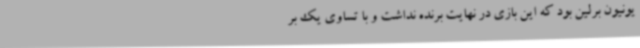
یونیون برلین بود که این بازی در نهایت برنده نداشت و با تساوی یک بر